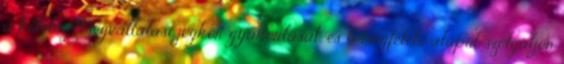
a kötelezettségvállalási jogkör gyakorlását, és b megfelelő alapul szolgáljon